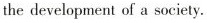
the development of a society.